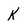
Character: K